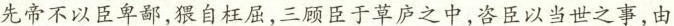
先帝不以臣卑鄙，猥自枉屈，三顾臣于草庐之中，咨臣以当世之事，由